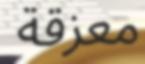
معزقة